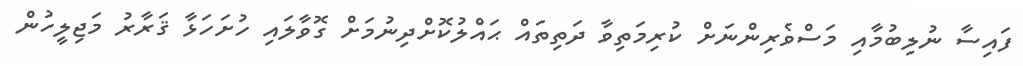
ފައިސާ ނުލިބުމާއި މަސްވެރިންނަށް ކުރިމަތިވާ ދަތިތައް ޙައްލުކޮށްދިނުމަށް ގޮވާލައި ހުށަހަޅާ ޤަރާރު މަޖިލީހުން